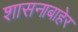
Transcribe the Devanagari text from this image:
शासनाबाहेर